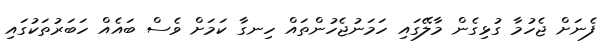
ފެނަށް ޖެހުމާ ގުޅިގެން މާލޭގައި ހަމަނުޖެހުންތައް ހިނގާ ކަމަށް ވެސް ބައެއް ހަބަރުތަކުގައި